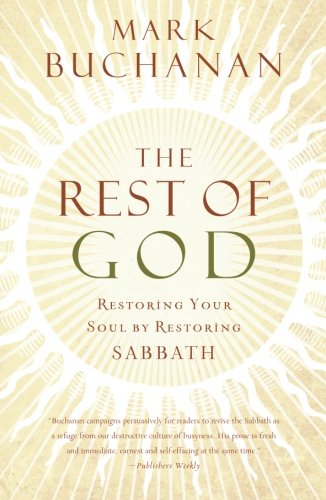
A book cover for The Rest of God: Restoring Your Soul by Restoring Sabbath; Mark Buchanan; Christian Books & Bibles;